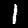
Label: 1